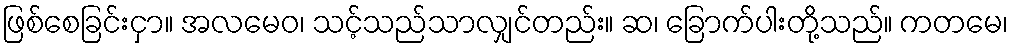
ဖြစ်စေခြင်းငှာ။ အလမေဝ၊ သင့်သည်သာလျှင်တည်း။ ဆ၊ ခြောက်ပါးတို့သည်။ ကတမေ၊